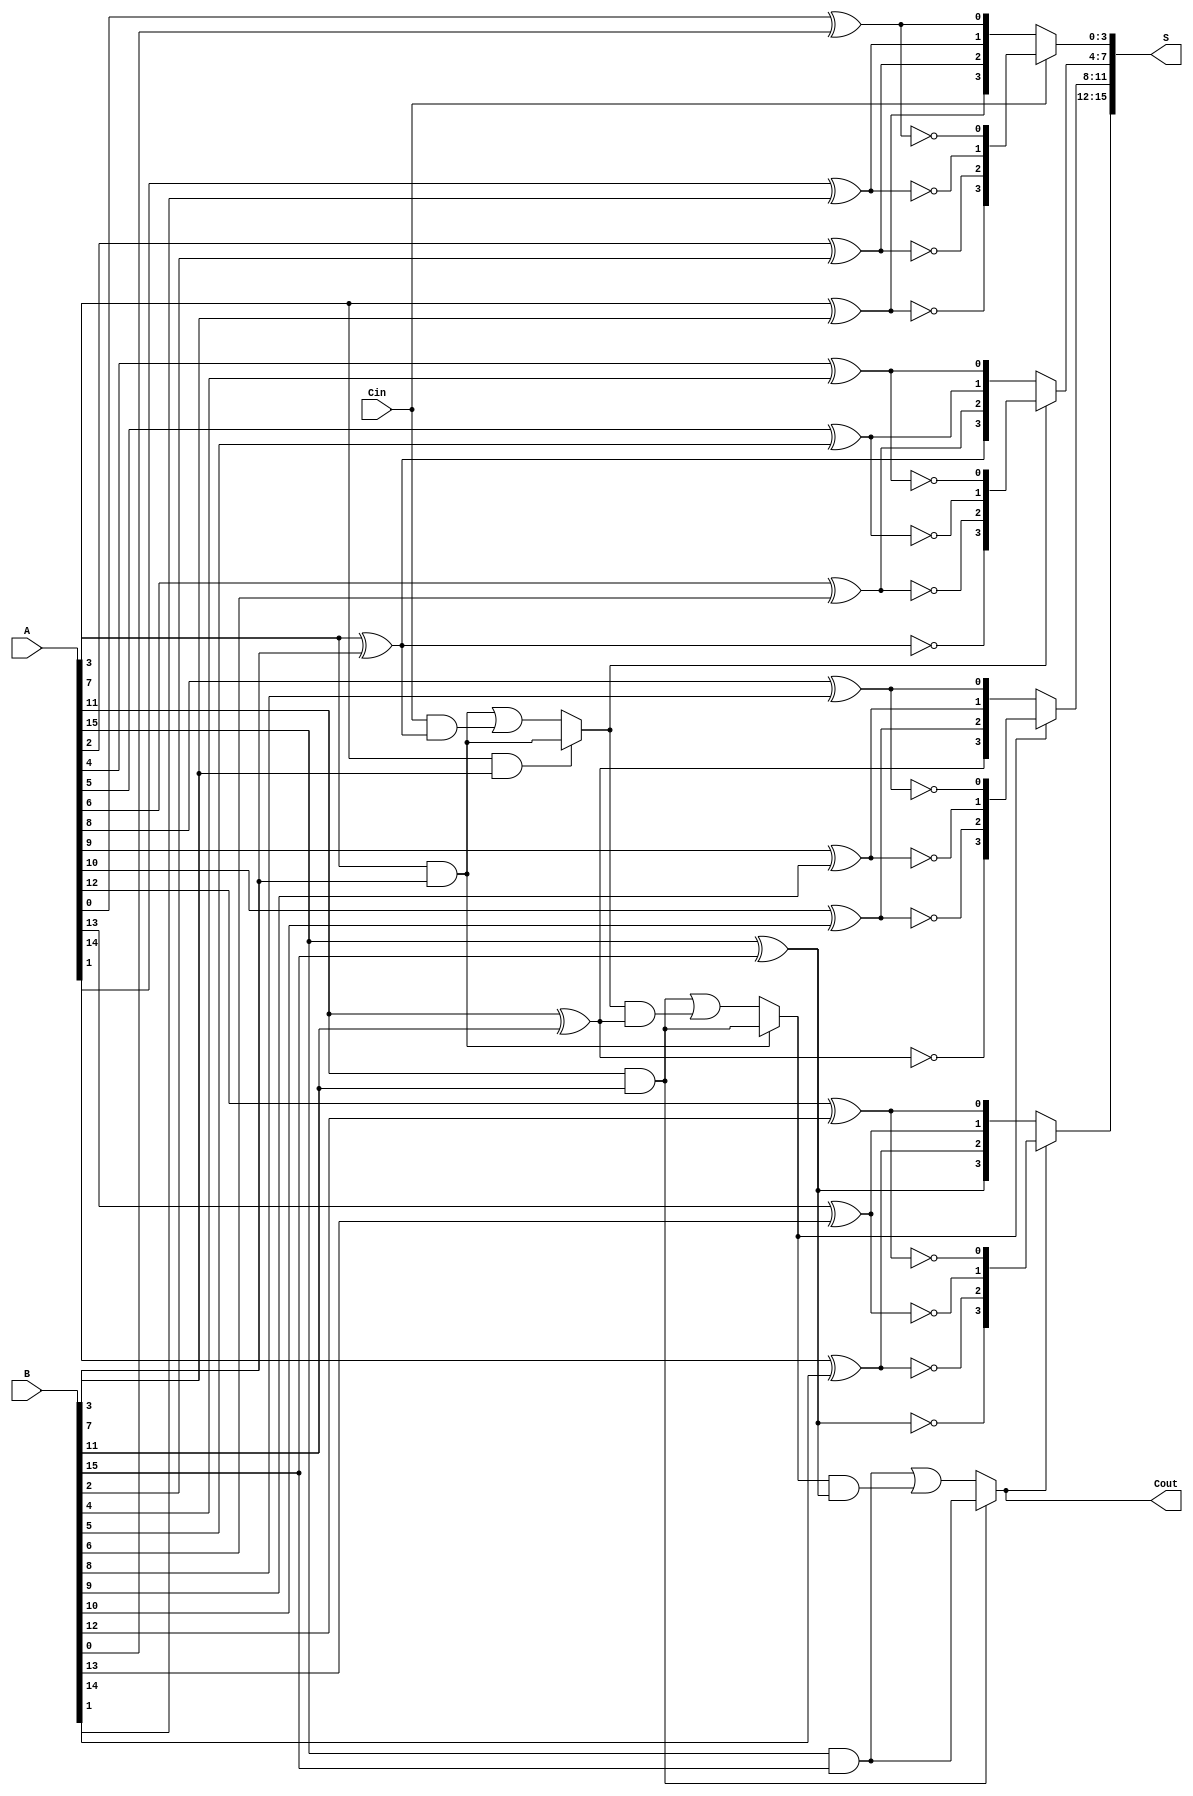
module HybridCarrySelectAdder #(parameter N = 16) (
    input  [N-1:0] A,      // First N-bit input
    input  [N-1:0] B,      // Second N-bit input
    input          Cin,     // Carry-in
    output [N-1:0] S,      // N-bit sum output
    output         Cout     // Carry-out
);

    localparam BLOCK_SIZE = 4; // Size of each block
    localparam NUM_BLOCKS = N / BLOCK_SIZE;

    wire [BLOCK_SIZE-1:0] S0 [0:NUM_BLOCKS-1]; // Sums for Cin = 0
    wire [BLOCK_SIZE-1:0] S1 [0:NUM_BLOCKS-1]; // Sums for Cin = 1
    wire C0 [0:NUM_BLOCKS-1]; // Carry-out for Cin = 0
    wire C1 [0:NUM_BLOCKS-1]; // Carry-out for Cin = 1
    wire Cprev [0:NUM_BLOCKS-1]; // Carry from previous block

    // Generate blocks
    genvar i, j;
    generate
        for (i = 0; i < NUM_BLOCKS; i = i + 1) begin : block
            for (j = 0; j < BLOCK_SIZE; j = j + 1) begin : bit
                // Calculate S0 and S1
                assign S0[i][j] = A[i*BLOCK_SIZE + j] ^ B[i*BLOCK_SIZE + j]; // For Cin = 0
                assign S1[i][j] = A[i*BLOCK_SIZE + j] ^ B[i*BLOCK_SIZE + j] ^ 1; // For Cin = 1
            end
            
            // Calculate C0 and C1 for the last bit in the block
            if (i == 0) begin
                assign C0[i] = A[(i+1)*BLOCK_SIZE-1] & B[(i+1)*BLOCK_SIZE-1]; // Last bit carry for Cin = 0
                assign C1[i] = (A[(i+1)*BLOCK_SIZE-1] & B[(i+1)*BLOCK_SIZE-1]) | (Cin & (A[(i+1)*BLOCK_SIZE-1] ^ B[(i+1)*BLOCK_SIZE-1])); // Last bit carry for Cin = 1
            end else begin
                assign C0[i] = A[(i+1)*BLOCK_SIZE-1] & B[(i+1)*BLOCK_SIZE-1]; // Last bit carry for Cin = 0
                assign C1[i] = (A[(i+1)*BLOCK_SIZE-1] & B[(i+1)*BLOCK_SIZE-1]) | (Cprev[i-1] & (A[(i+1)*BLOCK_SIZE-1] ^ B[(i+1)*BLOCK_SIZE-1])); // Last bit carry for Cin = 1
            end
            
            // Select carry for next block
            if (i == 0) begin
                assign Cprev[i] = Cin; // For the first block, use Cin
            end else begin
                assign Cprev[i] = C0[i-1] ? C0[i] : C1[i]; // Select carry based on previous block's carry
            end
        end
    endgenerate

    // Generate final sum output
    generate
        for (i = 0; i < NUM_BLOCKS; i = i + 1) begin : sum_output
            assign S[i*BLOCK_SIZE +: BLOCK_SIZE] = Cprev[i] ? S1[i] : S0[i]; // Select sum based on carry
        end
    endgenerate

    // Final carry-out
    assign Cout = Cprev[NUM_BLOCKS-1];

endmodule